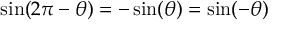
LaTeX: \sin ( 2 \pi - \theta ) = - \sin ( \theta ) = \sin ( - \theta )